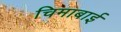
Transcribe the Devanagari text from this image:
चिमाबाई